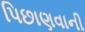
પિછાણવાની